Annual report of the Punjab Veterinary College and of the Civil Veterinary Department, Punjab - 1920-1925
Year: 1920
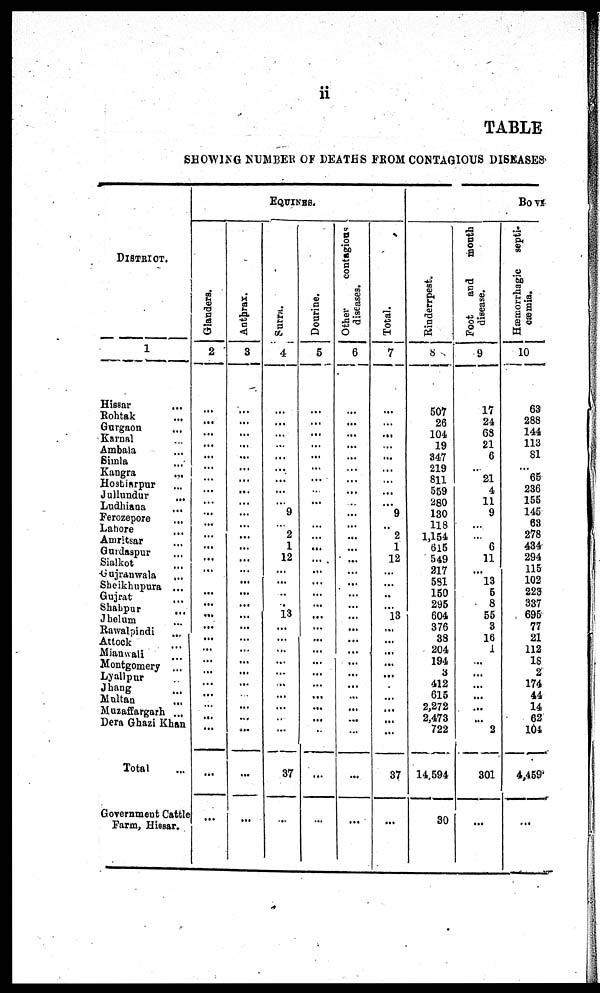
ii
TABLE
SHOWING NUMBER OF DEATHS FROM CONTAGI OUS DISEASES
DISTRICT.
1
Hissar ...
Roht ak ...
Gurgaon ...
Karnal ...
Ambal a ...
Si ml a ...
Kangra ...
Hosbiarpur ...
Jullundur ...
Ludhiana ...
Ferozepore ...
Lahore ...
Amritsar ...
Guidaspur ...
Sialkot ...
Guj ranwal a ...
Sheikhupura ...
Gujrat ...
Shahpur ...
Jhelum ...
Rawalpindi ...
At t ock ...
Mi anwal i ...
Mont gomery ...
Lyallpur ...
Jhang ...
Multan . . .
Muzaffargarh ...
Dera Ghazi Khan
Total ...
Government Cattle
Farm, Hissar.
EQUINES.
Glanders.
2
...
...
... ...
...
... ...
...
... ...
...
...
...
... ...
...
...
...
...
...
... ...
...
...
...
...
Anthrax.
3
...
...
... ...
...
... ...
...
...
... ...
...
...
...
...
... ...
...
...
...
...
...
...
...
...
...
...
...
Surra.
4
...
...
... ...
...
...
...
...
9
...
2
1
12 ...
...
... ...
13
...
...
...
...
..
...
...
...
37
...
Dourine.
5
...
...
... ...
...
... ...
...
...
... ...
...
...
...
...
...
.... ...
...
... ...
...
...
...
...
...
...
...
...
Other
contagious
diseases.
6
...
...
... ...
...
... ...
...
...
... ...
...
...
...
...
....
... ...
...
...
...
...
...
... ...
...
...
...
...
Total.
7
...
...
... ...
...
....
...
...
9
...
2
1
12 ...
...
...
...
...
...
...
...
...
...
...
...
37
...
Bo vi
Rinderrpest.
8
507
26
104
19
347 219
811
559
280 130 118
1,154
615
549 217 581
150 295
604
376
38
204
194
3
412
615 2,272
2, 473
722
14, 594
30
Foot and month
disease.
9
17
24
68
21
6 ...
21
4
11
9 ...
...
6
11 ...
13
5 8
55
3
16
1
...
...
... ...
...
...
2
301
...
Hæmorrhagic septi-
cæmia.
10
63
288 144
113
81
...
65
236
155
145 63
278
434
294 115
102 223 337
695
77
21
112
18
2
174
44 14
62
104
4, 459
...